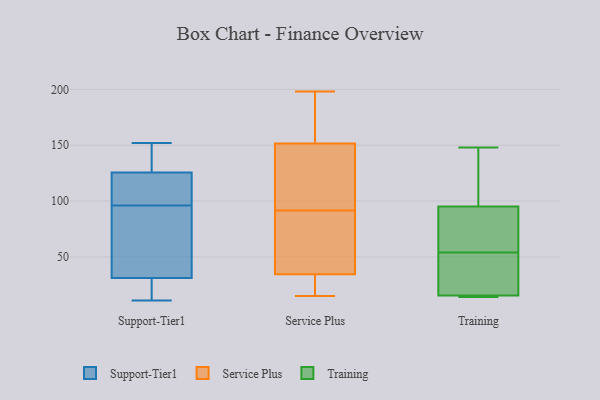
{"axis": {"x": "Market Share (%)", "y": "Value"}, "legend": ["Service Plus", "Support-Tier1", "Training"], "data": [{"x": "", "y": 101, "type": "Support-Tier1"}, {"x": "", "y": 142, "type": "Support-Tier1"}, {"x": "", "y": 105, "type": "Support-Tier1"}, {"x": "", "y": 126, "type": "Support-Tier1"}, {"x": "", "y": 11, "type": "Support-Tier1"}, {"x": "", "y": 19, "type": "Support-Tier1"}, {"x": "", "y": 37, "type": "Support-Tier1"}, {"x": "", "y": 45, "type": "Support-Tier1"}, {"x": "", "y": 65, "type": "Support-Tier1"}, {"x": "", "y": 25, "type": "Support-Tier1"}, {"x": "", "y": 125, "type": "Support-Tier1"}, {"x": "", "y": 135, "type": "Support-Tier1"}, {"x": "", "y": 91, "type": "Support-Tier1"}, {"x": "", "y": 105, "type": "Support-Tier1"}, {"x": "", "y": 152, "type": "Support-Tier1"}, {"x": "", "y": 11, "type": "Support-Tier1"}, {"x": "", "y": 40, "type": "Service Plus"}, {"x": "", "y": 110, "type": "Service Plus"}, {"x": "", "y": 27, "type": "Service Plus"}, {"x": "", "y": 15, "type": "Service Plus"}, {"x": "", "y": 29, "type": "Service Plus"}, {"x": "", "y": 57, "type": "Service Plus"}, {"x": "", "y": 144, "type": "Service Plus"}, {"x": "", "y": 56, "type": "Service Plus"}, {"x": "", "y": 102, "type": "Service Plus"}, {"x": "", "y": 16, "type": "Service Plus"}, {"x": "", "y": 149, "type": "Service Plus"}, {"x": "", "y": 159, "type": "Service Plus"}, {"x": "", "y": 141, "type": "Service Plus"}, {"x": "", "y": 24, "type": "Service Plus"}, {"x": "", "y": 49, "type": "Service Plus"}, {"x": "", "y": 154, "type": "Service Plus"}, {"x": "", "y": 198, "type": "Service Plus"}, {"x": "", "y": 178, "type": "Service Plus"}, {"x": "", "y": 164, "type": "Service Plus"}, {"x": "", "y": 81, "type": "Service Plus"}, {"x": "", "y": 16, "type": "Training"}, {"x": "", "y": 41, "type": "Training"}, {"x": "", "y": 14, "type": "Training"}, {"x": "", "y": 15, "type": "Training"}, {"x": "", "y": 86, "type": "Training"}, {"x": "", "y": 132, "type": "Training"}, {"x": "", "y": 96, "type": "Training"}, {"x": "", "y": 148, "type": "Training"}, {"x": "", "y": 43, "type": "Training"}, {"x": "", "y": 14, "type": "Training"}, {"x": "", "y": 94, "type": "Training"}, {"x": "", "y": 65, "type": "Training"}]}